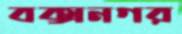
বক্সনগর